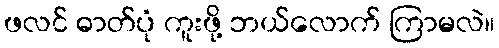
ဖလင် ဓာတ်ပုံ ကူးဖို့ ဘယ်လောက် ကြာမလဲ။